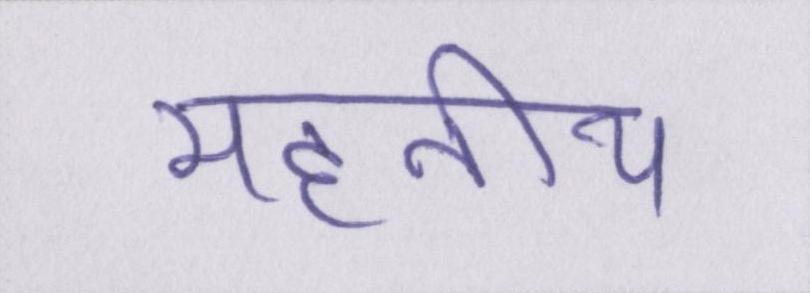
महनीय